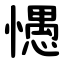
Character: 㦙